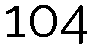
104